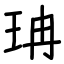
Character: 珃